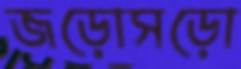
জড়োসড়ো